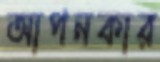
আপনকার